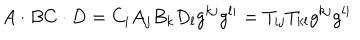
LaTeX: A \cdot B C \cdot D = C _ { i } A _ { j } B _ { k } D _ { l } g ^ { k j } g ^ { l i } = T _ { i j } T _ { k l } g ^ { k j } g ^ { l i }